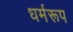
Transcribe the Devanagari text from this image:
धर्मरूप